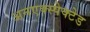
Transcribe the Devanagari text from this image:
अनएक्स्पेक्टेड